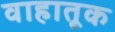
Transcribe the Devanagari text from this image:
वाहातूक